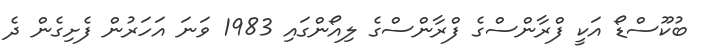
ބުކޫސްޑޯ އަކީ ފްރާންސްގެ ފްރާންސްގެ ލިއޯންގައި 1983 ވަނަ އަހަރުން ފެށިގެން ދެ